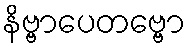
နိဗ္ဗာပေတဗ္ဗော